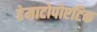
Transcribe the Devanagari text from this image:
हेमाटोपोएटिक